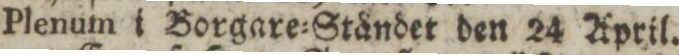
Plenum i Borgare=Ståndet den 24 April.